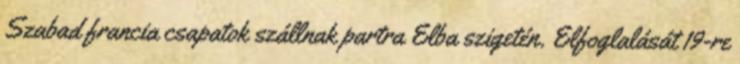
Szabad francia csapatok szállnak partra Elba szigetén. Elfoglalását 19-re